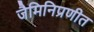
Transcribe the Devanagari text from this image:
जैमिनिप्रणीत